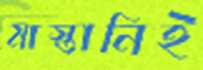
মাস্তানিই